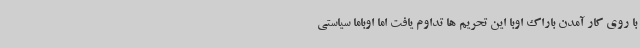
با روی کار آمدن باراک اوبا این تحریم ها تداوم یافت اما اوباما سیاستی